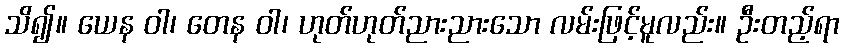
သိ၍။ ယေန ဝါ၊ တေန ဝါ၊ ဟုတ်ဟုတ်ညားညားသော လမ်းဖြင့်မူလည်း။ ဦးတည့်ရာ